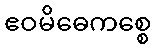
ဧဝမိဓေကစ္စေ